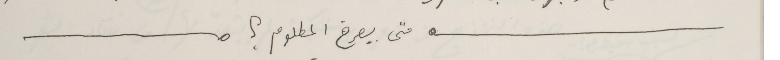
متى بيصرخ المطلوم ؟